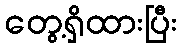
တွေ့ရှိထားပြီး